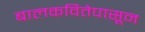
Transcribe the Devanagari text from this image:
बालकवितेपासून